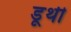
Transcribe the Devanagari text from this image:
डूथी